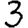
Digit: 3